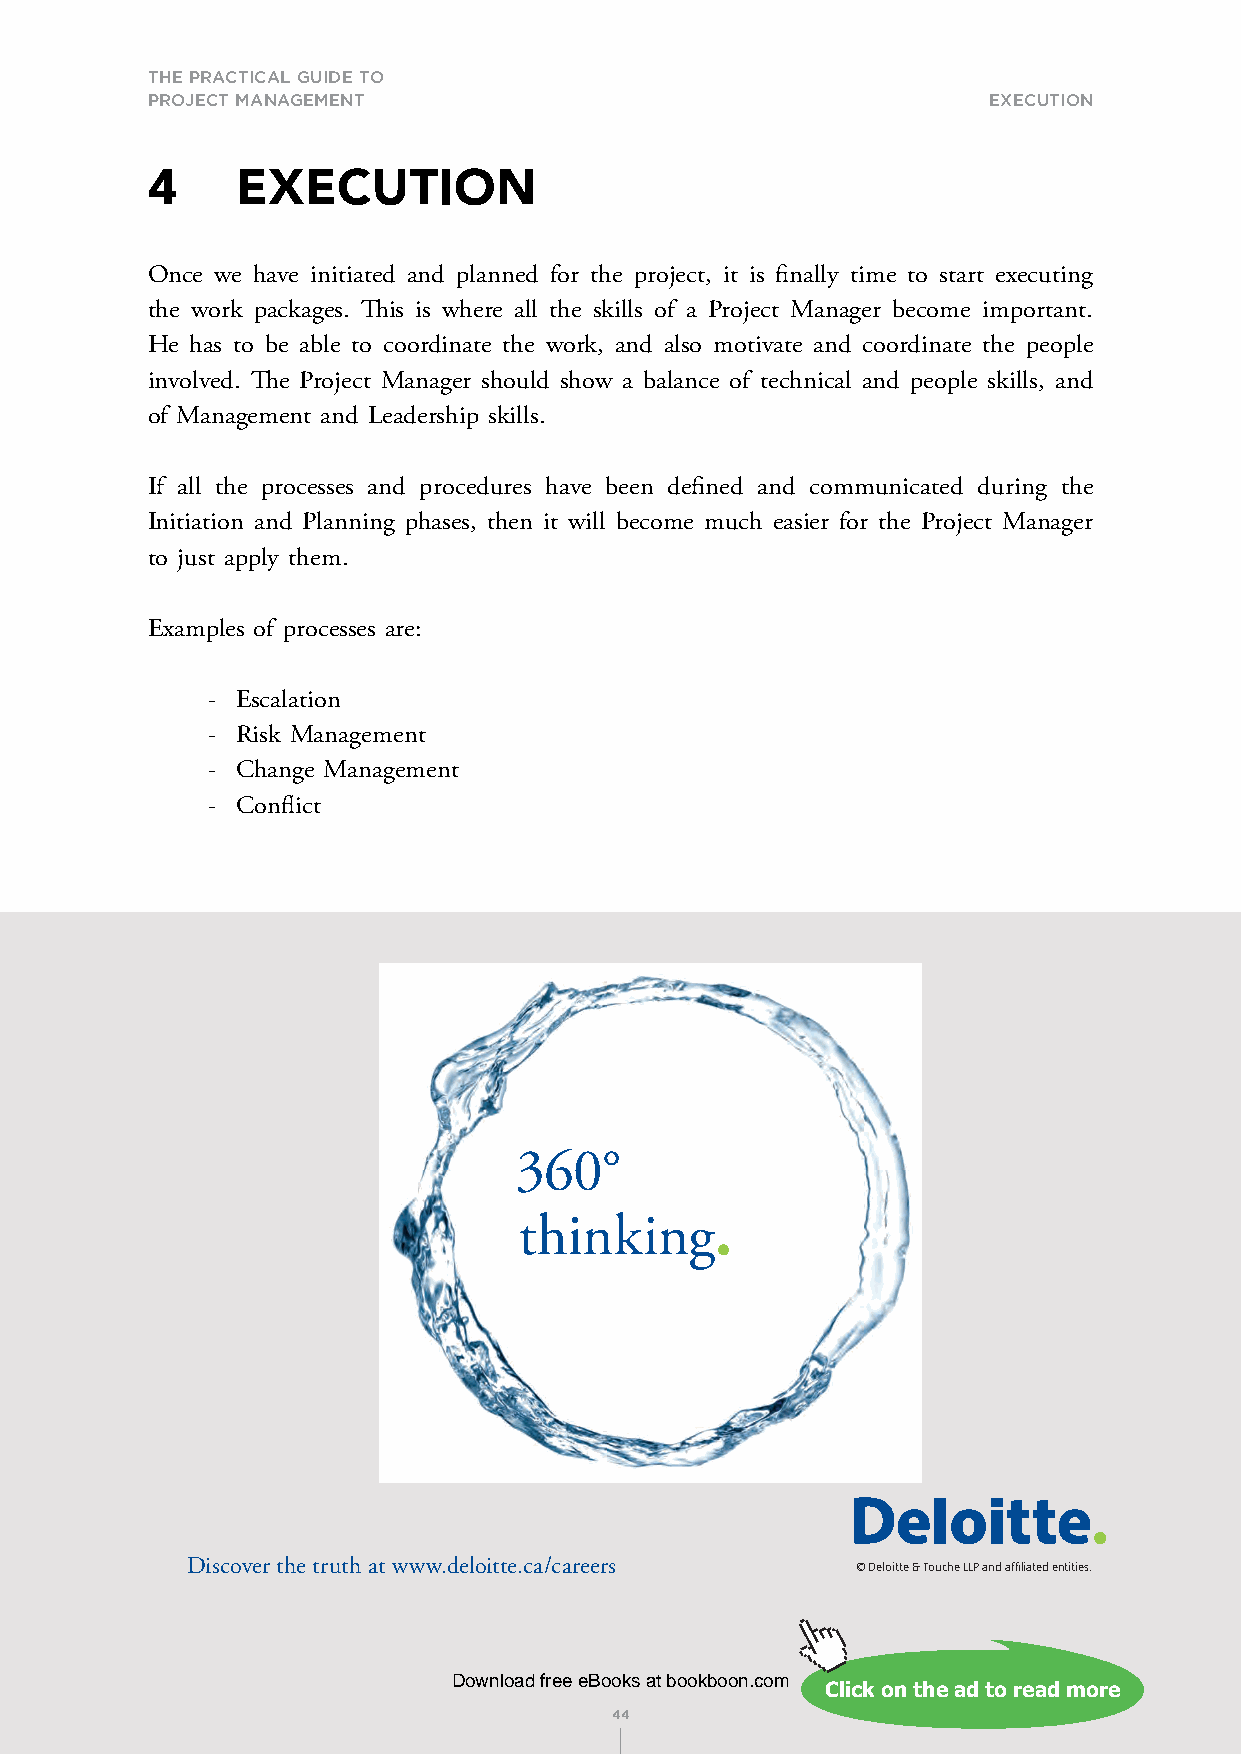
THE PRACTICAL GUIDE TO
 PROJECT MANAGEMENT                                     exeCutIon
 4     EXECUTION
 Once we have initiated and planned for the project, it is finally time to start executing
 the work packages. This is where all the skills of a Project Manager become important.
 He has to be able to coordinate the work, and also motivate and coordinate the people
 involved. The Project Manager should show a balance of technical and people skills, and
 of Management and Leadership skills.
 If all the processes and procedures have been defined and communicated during the
 Initiation and Planning phases, then it will become much easier for the Project Manager 360°
 to just apply them.
 .
 Examples of processes are:                                                 thinking
 360°
 - Escalation
 .
 - Risk Management
 thinking
 - Change Management
 - Conflict
 360°
 .
 thinking
 360°
 .
 thinking
 Discover the truth at www.deloitte.ca/careers   Discover  the  truth at www.deloitte.ca/careers
 © Deloitte & Touche LLP and affiliated entities.
 Discover the truth at www.deloitte.ca/careers © Deloitte & Touche LLP and affiliated entities.
 © Deloitte & Touche LLP and affiliated entities.
 DDowinsclooavde rfr eteh ee Btrouokths aatt b woowkbwo.odne.lcooimtte.ca/careers
 CCCCCllllliiiiiccccckkkkk ooooonnnnn ttttthhhhheeeee aaaaaddddd tttttooooo rrrrreeeeeaaaaaddddd mmmmmooooorrrrreeeee
 4444
 © Deloitte & Touche LLP and affiliated entities.